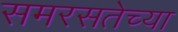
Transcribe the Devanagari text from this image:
समरसतेच्या